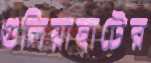
গুলিয়াহাটের